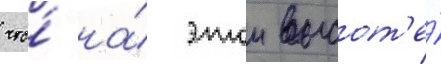
что́ на́ этои высот'е́